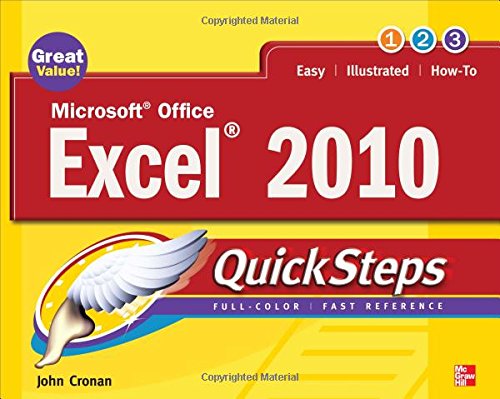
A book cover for Microsoft Office Excel 2010 QuickSteps; John Cronan; Computers & Technology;